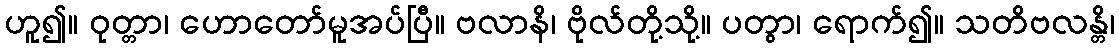
ဟူ၍။ ဝုတ္တာ၊ ဟောတော်မူအပ်ပြီ။ ဗလာနိ၊ ဗိုလ်တို့သို့။ ပတွာ၊ ရောက်၍။ သတိဗလန္တိ၊